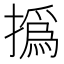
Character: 撝